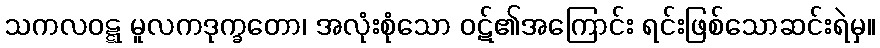
သကလဝဋ္ဋ မူလကဒုက္ခတော၊ အလုံးစုံသော ဝဋ်၏အကြောင်း ရင်းဖြစ်သောဆင်းရဲမှ။